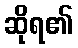
ဆိုရ၏